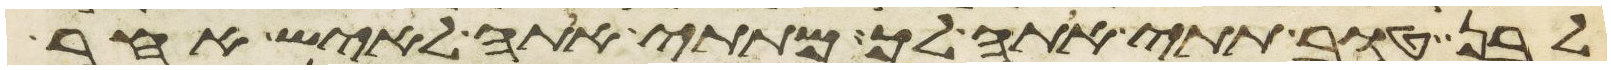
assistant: לבן טוב תתי אתה לך מתתי אתה לאיש אחר